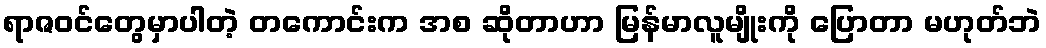
ရာဇဝင်တွေမှာပါတဲ့ တကောင်းက အစ ဆိုတာဟာ မြန်မာလူမျိုးကို ပြောတာ မဟုတ်ဘဲ